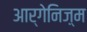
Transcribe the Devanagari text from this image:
आर्गेनिज़्म